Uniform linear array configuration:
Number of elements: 64
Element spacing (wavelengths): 0.75
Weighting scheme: kaiser
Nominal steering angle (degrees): -30
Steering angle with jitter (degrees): -31.708
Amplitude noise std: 0.05
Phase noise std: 0.05

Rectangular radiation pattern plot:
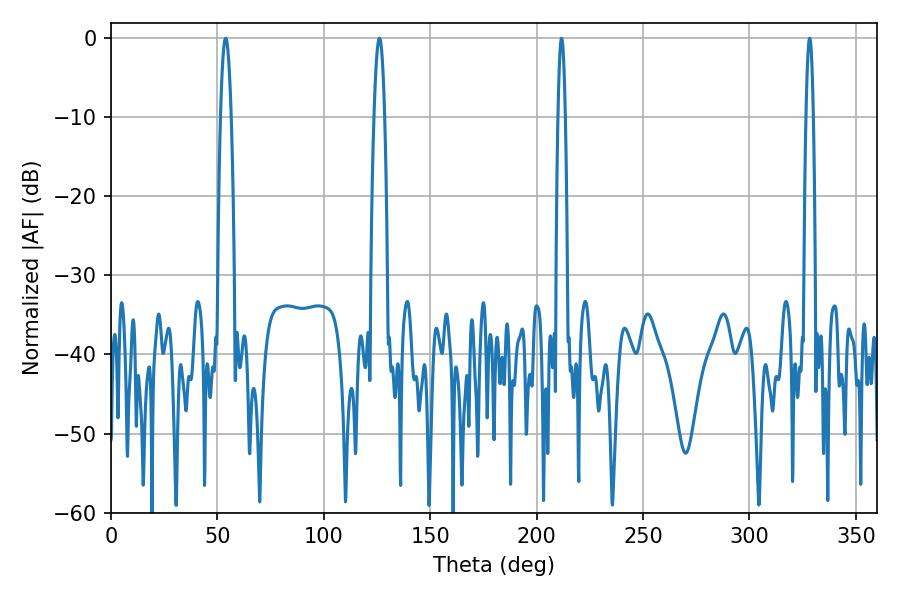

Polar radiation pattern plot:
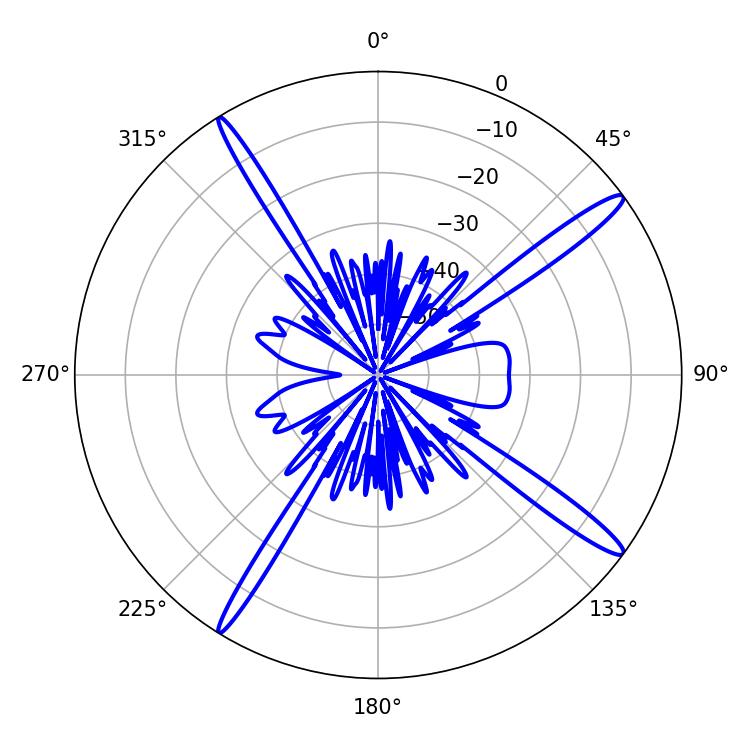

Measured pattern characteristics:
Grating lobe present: TRUE
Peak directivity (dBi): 16.314
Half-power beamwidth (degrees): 1.8
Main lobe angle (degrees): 211.68